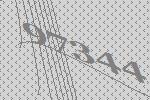
97344